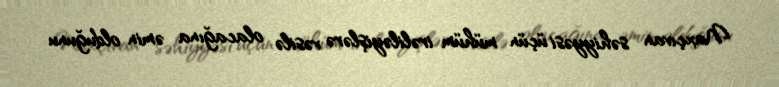
Naxçıvan səhiyyəsi üçün mühüm irəliləyişlərə vəsilə olacağına əmin olduğunu